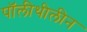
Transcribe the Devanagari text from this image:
पॉलीथीलीन